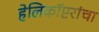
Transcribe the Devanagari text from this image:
हेलिकॉप्टरांचा